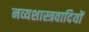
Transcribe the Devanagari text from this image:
नव्यशास्त्रवादियों